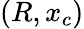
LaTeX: (R,x_{c})